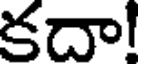
కదా!